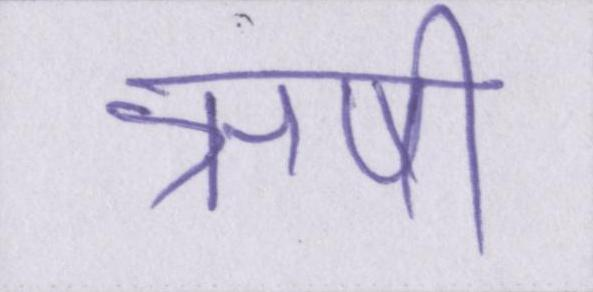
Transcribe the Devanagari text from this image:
ऋषी